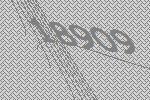
18909